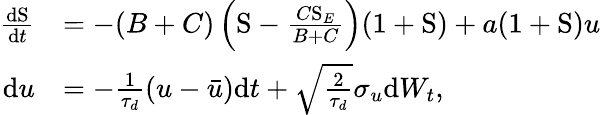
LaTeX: \begin{array}{rl}{\frac{\mathrm{d}\mathrm{S}}{\mathrm{d}t}}&{=-(B+C)\left(\mathrm{S}-\frac{C\mathrm{S}_{E}}{B+C}\right)(1+\mathrm{S})+a(1+\mathrm{S})u}\\ {\mathrm{d}u}&{=-\frac{1}{\tau_{d}}\left(u-\bar{u}\right)\mathrm{d}t+\sqrt{\frac{2}{\tau_{d}}}\sigma_{u}\mathrm{d}W_{t},}\end{array}